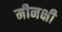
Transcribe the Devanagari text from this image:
मीनक्षी